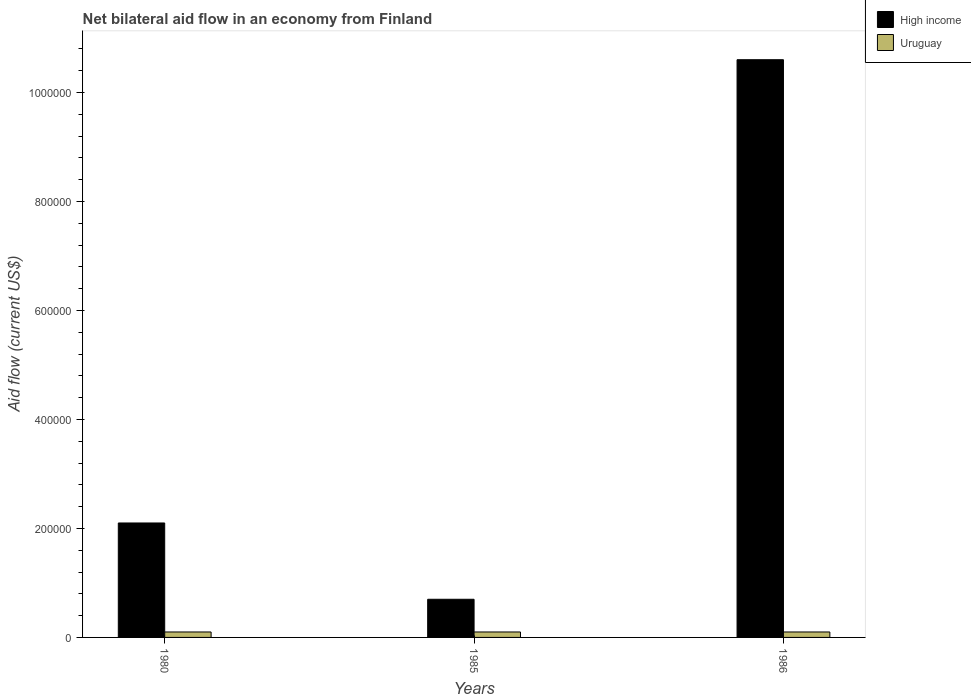
| Years | High income | Uruguay |
 | --- | --- | --- |
 | 1980 | 2.1e+05 | 1e+04 |
 | 1985 | 7e+04 | 1e+04 |
 | 1986 | 1.06e+06 | 1e+04 |